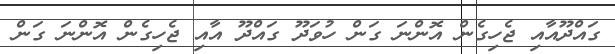
ގައްދޫއާއި ޖެހިގެން އޮންނަ ގަން ހުވަދޫ ގައްދޫ އާއި ޖެހިގެން އޮންނަ ގަން